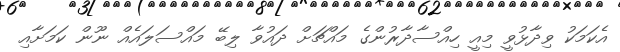
އެކަމަކު ވިދާޅުވީ މިއީ ހިއްސާދާރުންގެ މައްޗަށް ދައުވާ ލިބޭ މައްސަލައެއް ނޫން ކަމަށާއި